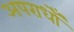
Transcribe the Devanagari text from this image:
अपराधोँ